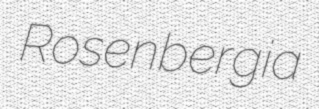
Rosenbergia